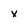
Character: x